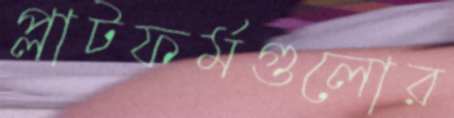
প্লাটফর্মগুলোর